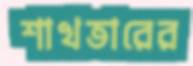
শাখতারের